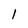
Character: l